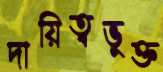
দায়িত্বভুক্ত